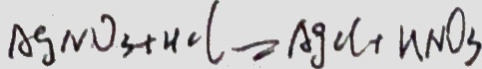
A g N O _ { 3 } + H C l = A g C l + n N O _ { 3 }